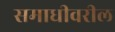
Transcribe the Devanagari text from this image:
समाधीवरील